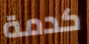
كدمة